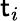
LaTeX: \mathsf{t}_{i}